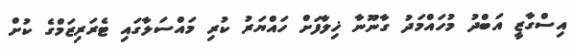
އިސްގާޒީ އަބްދު މުހައްމަދު ގާނޫނާ ޚިލާފަށް ހައްޔަރު ކުރި މައްސަލާގައި ޓެރަރިޒަމްގެ ކުށް